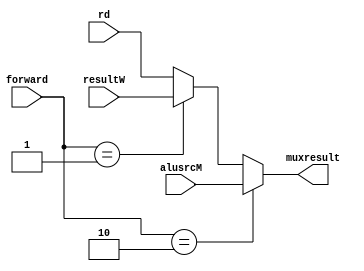
module mux3(input [31:0] rd,resultW,alusrcM,
	input [1:0] forward,
	output [31:0] muxresult);

assign muxresult = (forward==2'b10)?alusrcM:(forward == 2'b01)?resultW:rd;
endmodule